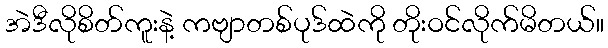
အဲဒီလိုစိတ်ကူးနဲ့ ကဗျာတစ်ပုဒ်ထဲကို တိုးဝင်လိုက်မိတယ်။